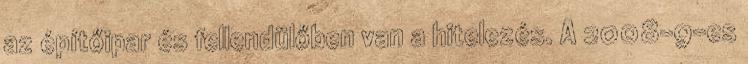
az építőipar és fellendülőben van a hitelezés. A 2008-9-es